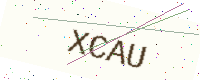
Text: XCAU